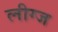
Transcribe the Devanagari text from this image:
लीग्ज